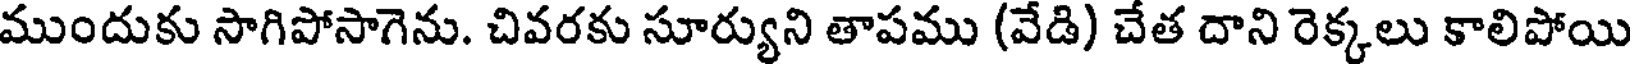
ముందుకు సాగిపోసాగెను. చివరకు సూర్యుని తాపము (వేడి) చేత దాని రెక్కలు కాలిపోయి